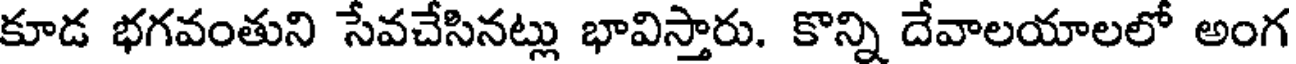
కూడ భగవంతుని సేవచేసినట్లు భావిస్తారు. కొన్ని దేవాలయాలలో అంగ